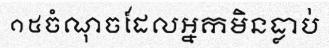
១៥ចំណុចដែលអ្នកមិនធ្លាប់